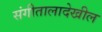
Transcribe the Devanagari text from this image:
संगीतालादेखील